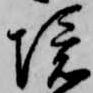
境